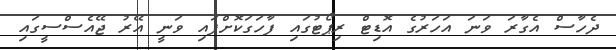
ދެހާސް އެގާރަ ވަނަ އަހަރުގެ އޮޑިޓް ރިޕޯޓުގައި ފާހަގަކޮށްފައި ވަނީ އޭރު ޖޭއެސްސީގައި